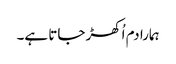
ہمارا دم اُکھڑ جاتا ہے۔